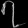
Digit: ၇